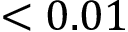
< 0 . 0 1